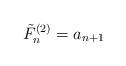
LaTeX: \begin{align*}\tilde{F}_{n}^{\left(2\right)}=a_{n+1}\end{align*}